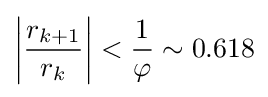
\left|{\frac {r_{k+1}}{r_{k}}}\right|<{\frac {1}{\varphi }}\sim 0.618